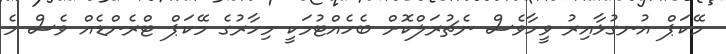
މޭކަޕް އުނގުޅާއިރު ވީހާވެސް ނެޗުރަލްކޮށް ބެހެއްޓުމަކީ މިހާރުގެ މޭކަޕް ޓްރެންޑެއް ވެސް މެ